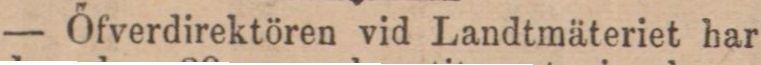
— Őfverdirektören vid Landtmäteriet har